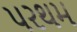
પરથમ